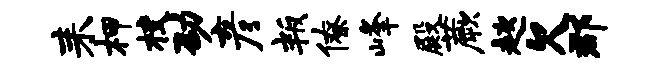
耒柙校劭彦叛僚峰殿蕨趑欠郡